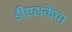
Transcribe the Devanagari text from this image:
डीएसकेंचा